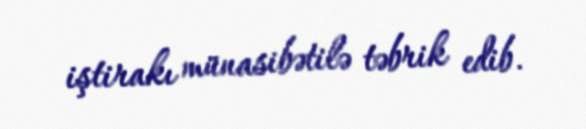
iştirakı münasibətilə təbrik edib.